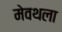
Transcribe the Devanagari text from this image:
मेवथला